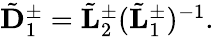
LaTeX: \begin{array}{r}{\tilde{\mathbf D}_{1}^{\pm}=\tilde{\mathbf L}_{2}^{\pm}(\tilde{\mathbf L}_{1}^{\pm})^{-1}.}\end{array}